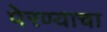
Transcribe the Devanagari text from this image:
पेरण्याचा